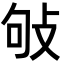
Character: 𢼒